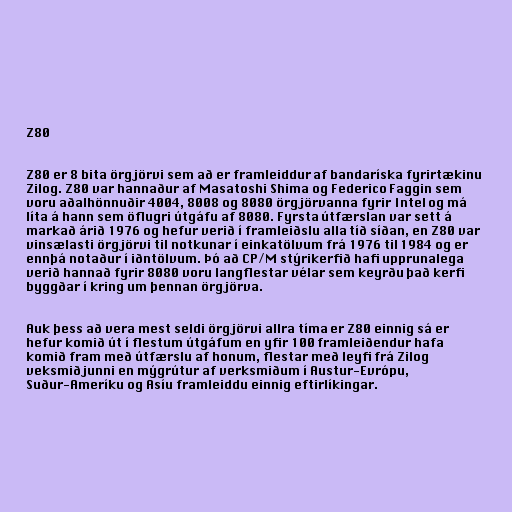
Z80

Z80 er 8 bita örgjörvi sem að er framleiddur af bandaríska fyrirtækinu
Zilog. Z80 var hannaður af Masatoshi Shima og Federico Faggin sem
voru aðalhönnuðir 4004, 8008 og 8080 örgjörvanna fyrir Intel og má
líta á hann sem öflugri útgáfu af 8080. Fyrsta útfærslan var sett á
markað árið 1976 og hefur verið í framleiðslu alla tíð síðan, en Z80 var
vinsælasti örgjörvi til notkunar í einkatölvum frá 1976 til 1984 og er
ennþá notaður í iðntölvum. Þó að CP/M stýrikerfið hafi upprunalega
verið hannað fyrir 8080 voru langflestar vélar sem keyrðu það kerfi
byggðar í kring um þennan örgjörva.

Auk þess að vera mest seldi örgjörvi allra tíma er Z80 einnig sá er
hefur komið út í flestum útgáfum en yfir 100 framleiðendur hafa
komið fram með útfærslu af honum, flestar með leyfi frá Zilog
veksmiðjunni en mýgrútur af verksmiðum í Austur-Evrópu,
Suður-Ameríku og Asíu framleiddu einnig eftirlíkingar.